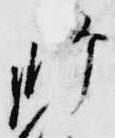
師